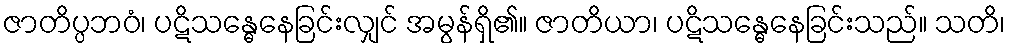
ဇာတိပ္ပဘဝံ၊ ပဋိသန္ဓေနေခြင်းလျှင် အမွန်ရှိ၏။ ဇာတိယာ၊ ပဋိသန္ဓေနေခြင်းသည်။ သတိ၊